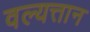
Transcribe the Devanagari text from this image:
वल्यत्तान